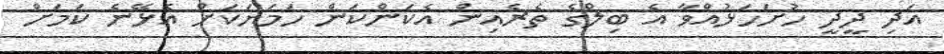
އަދި ދީދީ ހުށަހަޅުއްވާ އެ ބިލްގެ ތެރެއިން އެކަންކަން ހަމަޔަކަށް އެޅޭނެ ކަމަށް